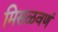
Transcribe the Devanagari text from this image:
मिसळवणं